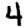
Digit: 4